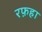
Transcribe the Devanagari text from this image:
रफ़हा